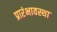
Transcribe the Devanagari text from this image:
प्रारंभावस्था